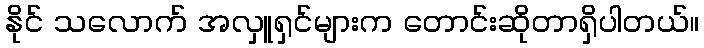
နိုင် သလောက် အလှူရှင်များက တောင်းဆိုတာရှိပါတယ်။